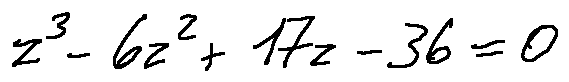
z ^ { 3 } - 6 z ^ { 2 } + 1 7 z - 3 6 = 0